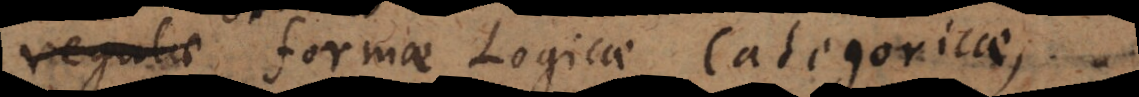
regulae formae Logicae categoricae,